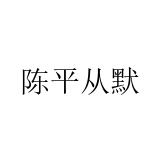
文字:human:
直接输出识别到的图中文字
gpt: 陈平从默